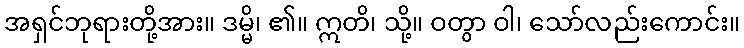
အရှင်ဘုရားတို့အား။ ဒမ္မိ၊ ၏။ ဣတိ၊ သို့။ ဝတွာ ဝါ၊ သော်လည်းကောင်း။